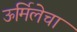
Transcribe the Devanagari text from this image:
ऊर्मिलेचा